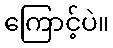
ကြောင့်ပဲ။